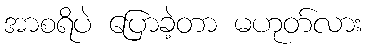
အာစရိပဲ ပြောခဲ့တာ မဟုတ်လား